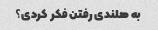
به هلندی رفتن فکر کردی؟